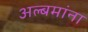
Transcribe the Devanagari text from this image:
अल्बमांना